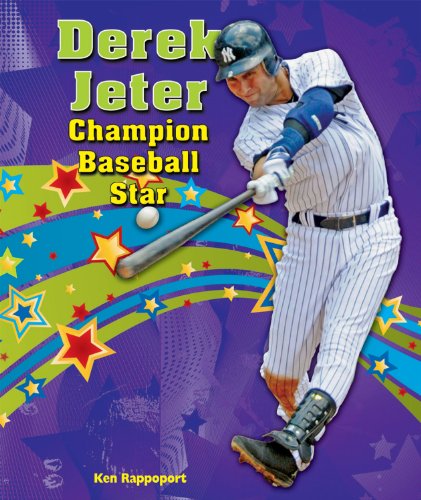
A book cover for Derek Jeter: Champion Baseball Star (Sports Star Champions); Ken Rappoport; Teen & Young Adult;